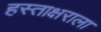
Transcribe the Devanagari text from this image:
हस्ताक्षराला